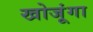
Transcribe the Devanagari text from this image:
खोजूंगा